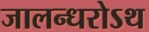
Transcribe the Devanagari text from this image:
जालन्धरोऽथ